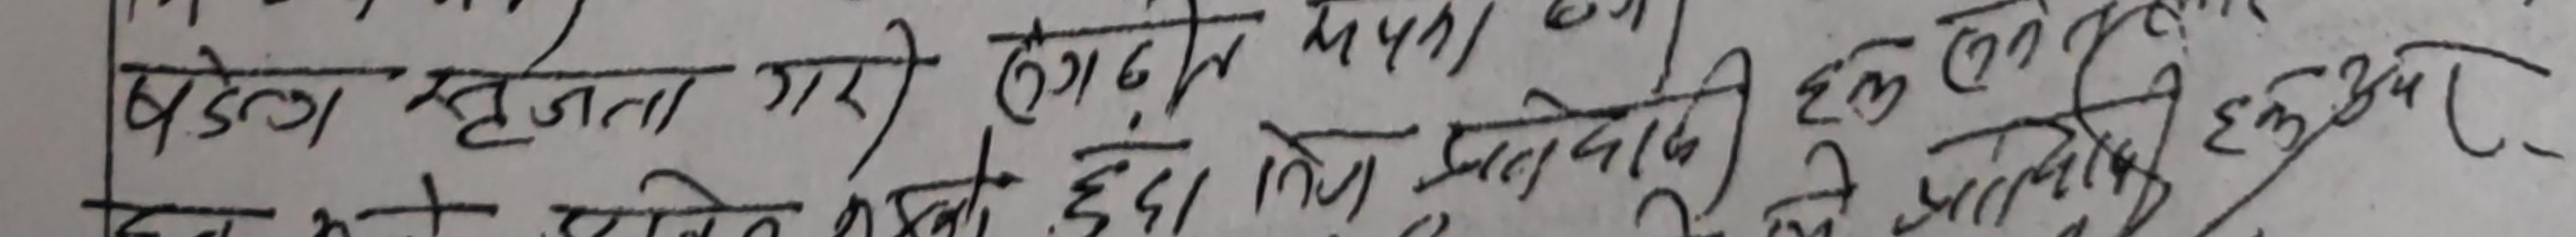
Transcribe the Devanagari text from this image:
पंडेल रचना गरो लगाउन मनै दिइ हाम्रो छ प्रिय